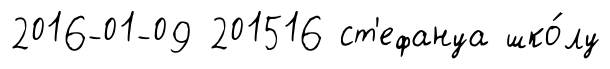
2016-01-09 201516 ст'ефануа шко́лу